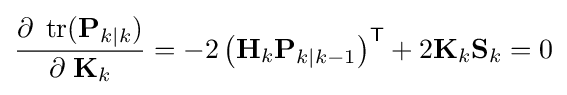
{\frac {\partial \;\operatorname {tr} (\mathbf {P} _{k\mid k})}{\partial \;\mathbf {K} _{k}}}=-2\left(\mathbf {H} _{k}\mathbf {P} _{k\mid k-1}\right)^{\textsf {T}}+2\mathbf {K} _{k}\mathbf {S} _{k}=0